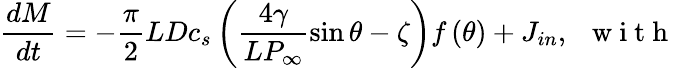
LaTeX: \frac{dM}{dt}=-\frac{\pi}{2}LD{{c}_{s}}\left(\frac{4\gamma}{L{{P}_{\infty}}}\sin\theta-\zeta\right)f\left(\theta\right)+{{J}_{in}},\, \, \, \mathrm{~w~i~t~h~}